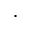
.